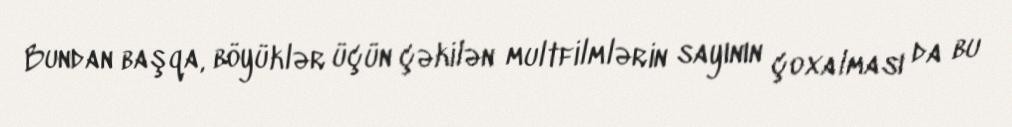
Bundan başqa, böyüklər üçün çəkilən multfilmlərin sayının çoxalması da bu